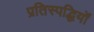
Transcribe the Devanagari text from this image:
प्रतिस्पद्धियों